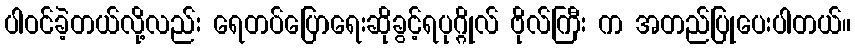
ပါဝင်ခဲ့တယ်လို့လည်း ရေတပ်ပြောရေးဆိုခွင့်ရပုဂ္ဂိုလ် ဗိုလ်ကြီး က အတည်ပြုပေးပါတယ်။